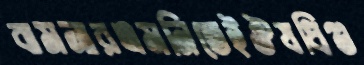
বামনারএমনিতেইঔষধিগু